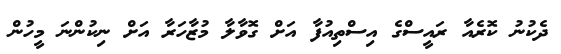
ދެކުނު ކޮރެއާ ރައީސްގެ އިސްތިއުފާ އަށް ގޮވާލާ މުޒާހަރާ އަށް ނިކުންނަ މީހުން